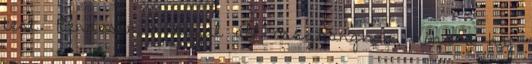
test. Rendesen a hajjal áll összhangban, noha a haj